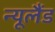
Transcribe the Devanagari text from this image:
न्‍यूलैंड